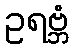
ဥရဗ္ဘံ